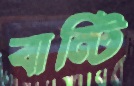
বান্টি